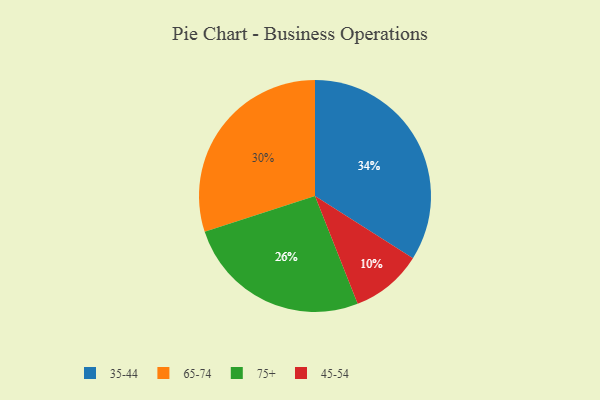
{"axis": {"x": "Category", "y": "Percentage"}, "legend": ["35-44", "45-54", "65-74", "75+"], "data": [{"x": "35-44", "y": 34, "type": "35-44"}, {"x": "75+", "y": 26, "type": "75+"}, {"x": "65-74", "y": 30, "type": "65-74"}, {"x": "45-54", "y": 10, "type": "45-54"}]}